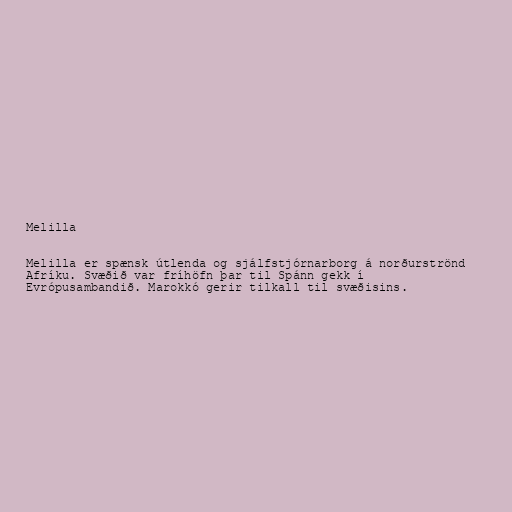
Melilla

Melilla er spænsk útlenda og sjálfstjórnarborg á norðurströnd
Afríku. Svæðið var fríhöfn þar til Spánn gekk í
Evrópusambandið. Marokkó gerir tilkall til svæðisins.